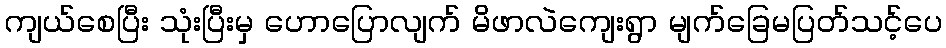
ကျယ်စေပြီး သုံးပြီးမှ ဟောပြောလျက် မိဖာလဲကျေးရွာ မျက်ခြေမပြတ်သင့်ပေ